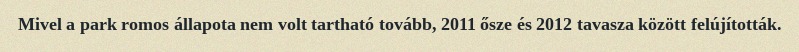
Mivel a park romos állapota nem volt tartható tovább, 2011 ősze és 2012 tavasza között felújították.